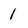
Character: 1